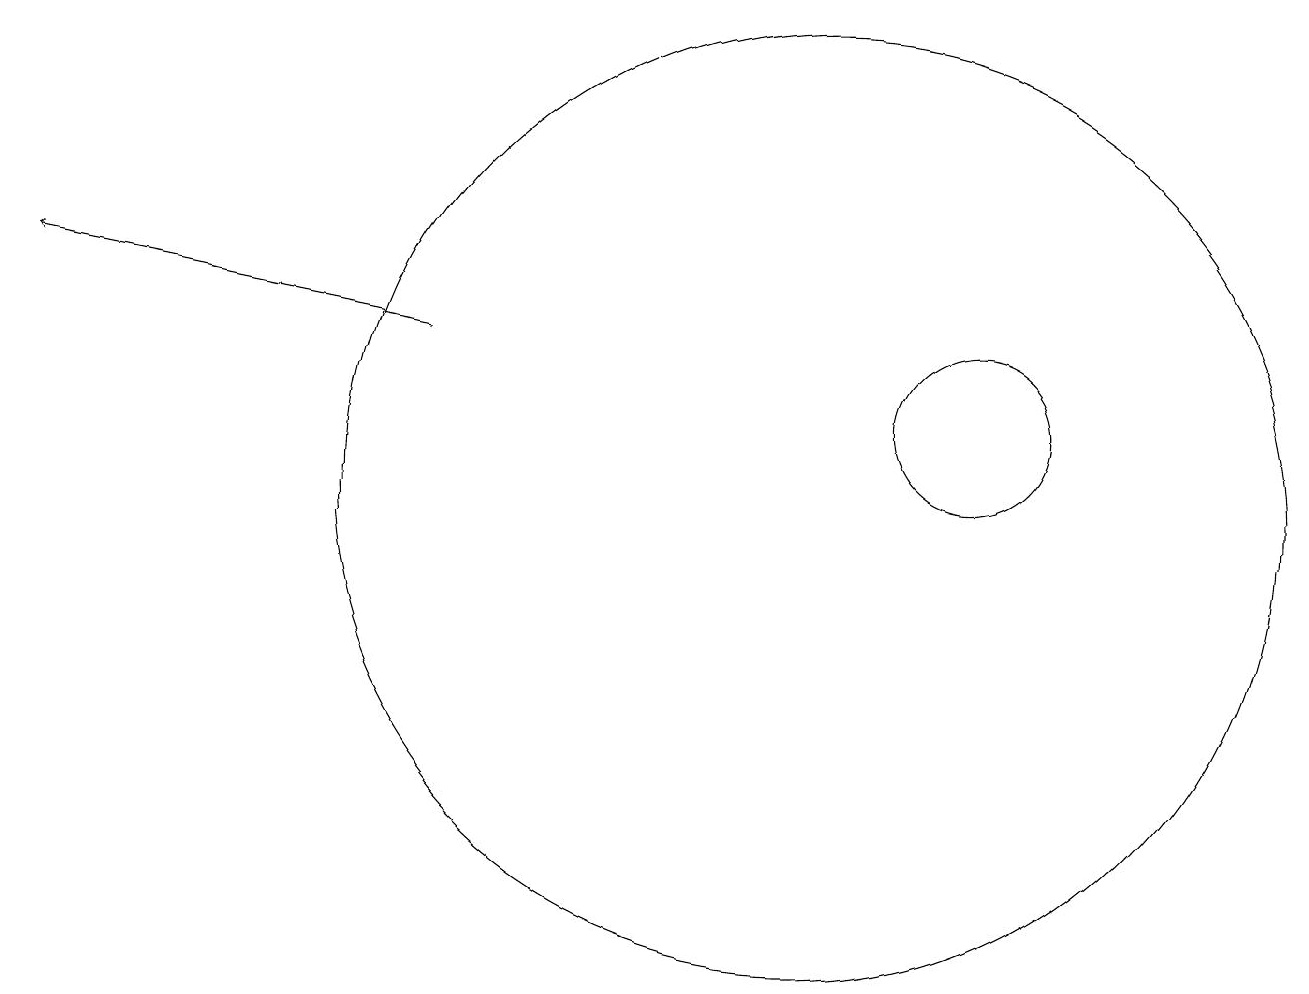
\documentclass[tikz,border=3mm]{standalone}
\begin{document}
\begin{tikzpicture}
\draw (10,10) circle (6);
\draw[->] (5,12) -- (0,13);
\draw (12,11) circle (1);
\draw (10,11) circle (0);
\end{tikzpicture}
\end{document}